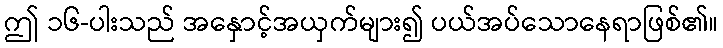
ဤ ၁၆-ပါးသည် အနှောင့်အယှက်များ၍ ပယ်အပ်သောနေရာဖြစ်၏။